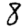
Digit: 8